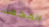
المجعد